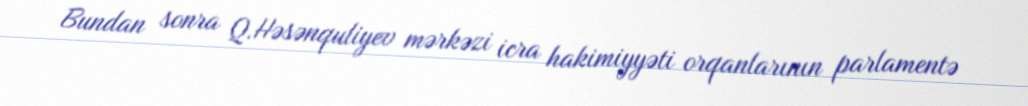
Bundan sonra Q.Həsənquliyev mərkəzi icra hakimiyyəti orqanlarının parlamentə